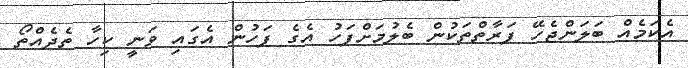
އެކަމެއް ބަލަންޖެހޭ ފަރާތްތަކުން ބެލުމަށްފަހު އެގެ ފަހުން އެގައި ވަނީ ކިހާ ތެދެއްތޯ